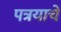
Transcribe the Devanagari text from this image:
पत्रयाचे